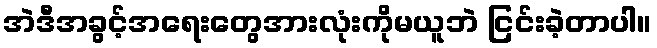
အဲဒီအခွင့်အရေးတွေအားလုံးကိုမယူဘဲ ငြင်းခဲ့တာပါ။